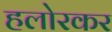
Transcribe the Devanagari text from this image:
हलोरकर